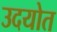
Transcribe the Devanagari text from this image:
उदयोत